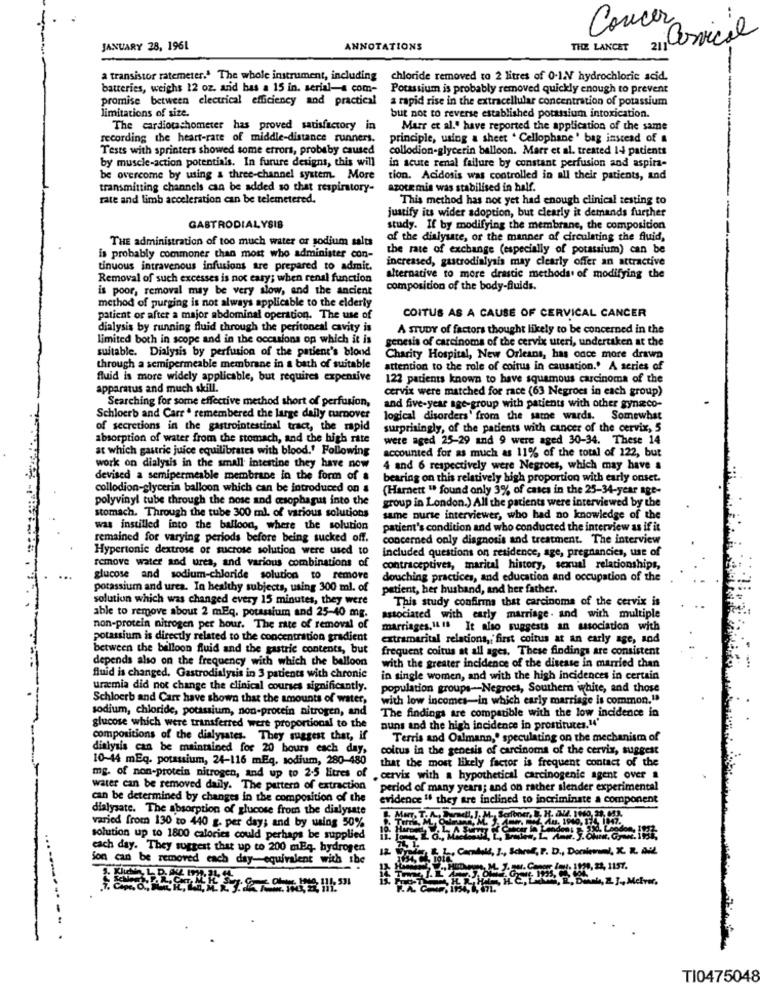
Concer
21 Cervical
JANUARY 28, 1961
ANNOTATIONS
THE LANCET
a transistor ratemeter." The whole instrument, including
chloride removed to 2 litres of 0.12V hydrochloric acid.
batteries, weighs 12 oz. and bas a 15 in. serial-a com-
Potassium is probably removed quickly enough to prevent
promise between electrical efficiency and practical
a rapid rise in the extracellular concentration of potassium
but not to reverse established potassium intoxication.
limitations of size.
The cardiotachometer has proved satisfactory in
Marr et al.' have reported the application of the same
recording the heart-rate of middle-distance runners.
principle, using a sheet . Cellophane ' bag instead of a
Tests with sprinters showed some errors, probaby caused
collodion-glycerin balloon. Marr et al. treated 1-4 patients
by muscle-action potentials. In furure designs, this will
in acute renal failure by constant perfusion and aspira-
be overcome by using & three-channel system. More
tion. Acidosis was controlled in all their patients, and
transmitting channels can be added so that respiratory-
azote mia was stabilised in half.
rate and limb acceleration can be telemetered.
This method has not yet had enough clinical testing to
justify its wider adoption, but clearly it demands further
GASTRODIALYSIS
study. If by modifying the membrane, the composition
THE administration of too much water or sodium salts
of the dialysare, or the manner of circulating the fluid,
the rate of exchange (especially of potassium) can be
is probably commoner than most who administer con-
increased, gastrodialysis may clearly offer an attractive
tinuous intravenous infusions are prepared to admit.
Removal of such excesses is not easy; when renal function
alternative to more drastic methods of modifying the
is poor, removal may be very slow, and the ancient
composition of the body-fluids.
method of purging is not always applicable to the elderly
patient or after a major abdominal operation. The use of
COITUS AS A CAUSE OF CERVICAL CANCER
dialysis by running fluid through the peritoneal cavity is
A STUDY of factors thought likely to be concerned in the
limited both in scope and in the occasions op which it is
genesis of carcinoma of the cervix uteri, undertaken at the
suitable. Dialysis by perfusion of the patient's blond
Charity Hospital, New Orleans, has once more drawa
through a semipermeable membrane in a bath of suitable
attention to the role of coitus in causation.' A series of
fluid is more widely applicable, but requires expensive
122 patients known to have squamous carcinoma of the
apparatus and much skill.
cervix were matched for race (63 Negroes in each group)
Searching for some effective method short of perfusion,
and five-year age-group with patients with other gynaeco-
Schlocrb and Carr ª remembered the large daily turnover
logical disorders' from the same wards. Somewhat
of secretions in the gastrointestinal tract, the rapid
surprisingly, of the patients with cancer of the cervix, 5
absorption of water from the stomach, and the high rate
were aged 25-29 and 9 were aged 30-34. These 14
at which gastric juice equilibrates with blood.' Following
accounted for as much as 11% of the total of 122, but
work on dialysis in the small intestine they have now
4 and 6 respectively were Negroes, which may have a
devised a semipermeable membrane in the form of s
bearing on this relatively high proportion with early onset.
collodion-glycerin balloon which can be introduced on a
(Harnett " found only 3% of cases in the 25-34-year age-
polyvinyl tube through the nose and cesophagus into the
group in London.) All the patients were interviewed by the
stomach. Through the tube 300 ml. of various solutions
same nurse interviewer, who had no knowledge of the
was instilled into the balloon, where the solution
patient's condition and who conducted the interview as if it
remained for varying periods before being sucked off.
concerned only diagnosis and treatment. The interview
Hypertonic dextrose of sucrose solution were used to
included questions on residence, age, pregnancies, use of
remove water and urea, and various combinations of
contraceptives, marital history, sexual relationships,
glucose and sodium-chloride solution to remove
douching practices, and education and occupation of the
potassium and urea. In healthy subjects, using 300 ml. of
patient, her husband, and her father.
solution which was changed every 15 minutes, they were
This study confirms that carcinoma of the cervix is
able to remove about 2 mEq, potassium and 25-40 mg.
associated with early marriage. and with multiple
non-protein nitrogen per hour. The rate of removal of
marriages, IL IS It also suggests an association with
potassium is directly related to the concentration gradient
extramarital relacions, first coitus at an early age, and
between the balloon fluid and the gastric contents, but
frequent coitus at all ages, These findings are consistent
depends also on the frequency with which the balloon
with the greater incidence of the disease in married than
fluid is changed, Gastrodialysis in 3 patients with chronic
in single women, and with the high incidences in certain
uramia did not change the clinical courses significantly.
population groups -- Negroes, Southern white, and those
Schloerb and Carr have shown that the amounts of water,
with low incomes-in which early marriage is common."
sodium, chloride, potassium, non-protein nitrogen, and
The findings are compatible with the low incidence in
glucose which were transferred were proportional to the
auns and the high incidence in prostitutes.14'
compositions of the dialysates. They suggest that, if
Terris and Oalmann,' speculating on the mechanism of
dialysis can be maintained for 20 hours each day,
coitus in the genesis of carcinoma of the cervix, suggest
10-44 mEq. potassium, 24-116 mEq. sodium, 280-480
that the most likely factor is frequent contact of the
mg. of non-protein nitrogen, and up to 2-5 litres of .cervix with a hypothetical carcinogenic agent over a
water can be removed daily. The pattern of extraction
period of many years; and on rather slender experimental
can be determined by changes in the composition of the
evidence " they are inclined to incriminate a component
dialysate. The absorption of glucose from the dialysate
varied from 130 to 440 g. per day; and by using 50%
solution up to 1800 calories could perhaps be supplied
each day. They suggest that up to 200 mBq, hydrogen
Carlali, J ., Sorol, P. D ., Donioui, X. R. Mil.
ion can be removed each day-equivalent with ibe
Melver,
...-------- .
TI0475048